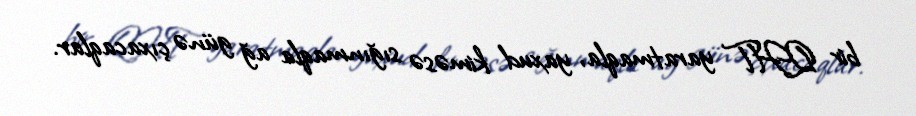
bir QHT yaratmaqla, yaxud kiməsə sığınmaqla ağ günə çıxacaqlar.